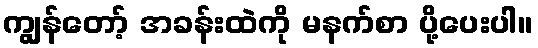
ကျွန်တော့် အခန်းထဲကို မနက်စာ ပို့ပေးပါ။